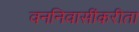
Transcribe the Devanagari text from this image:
वननिवासींकरीता